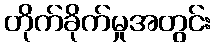
တိုက်ခိုက်မှုအတွင်း